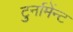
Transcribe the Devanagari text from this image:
टुर्नामेंन्ट